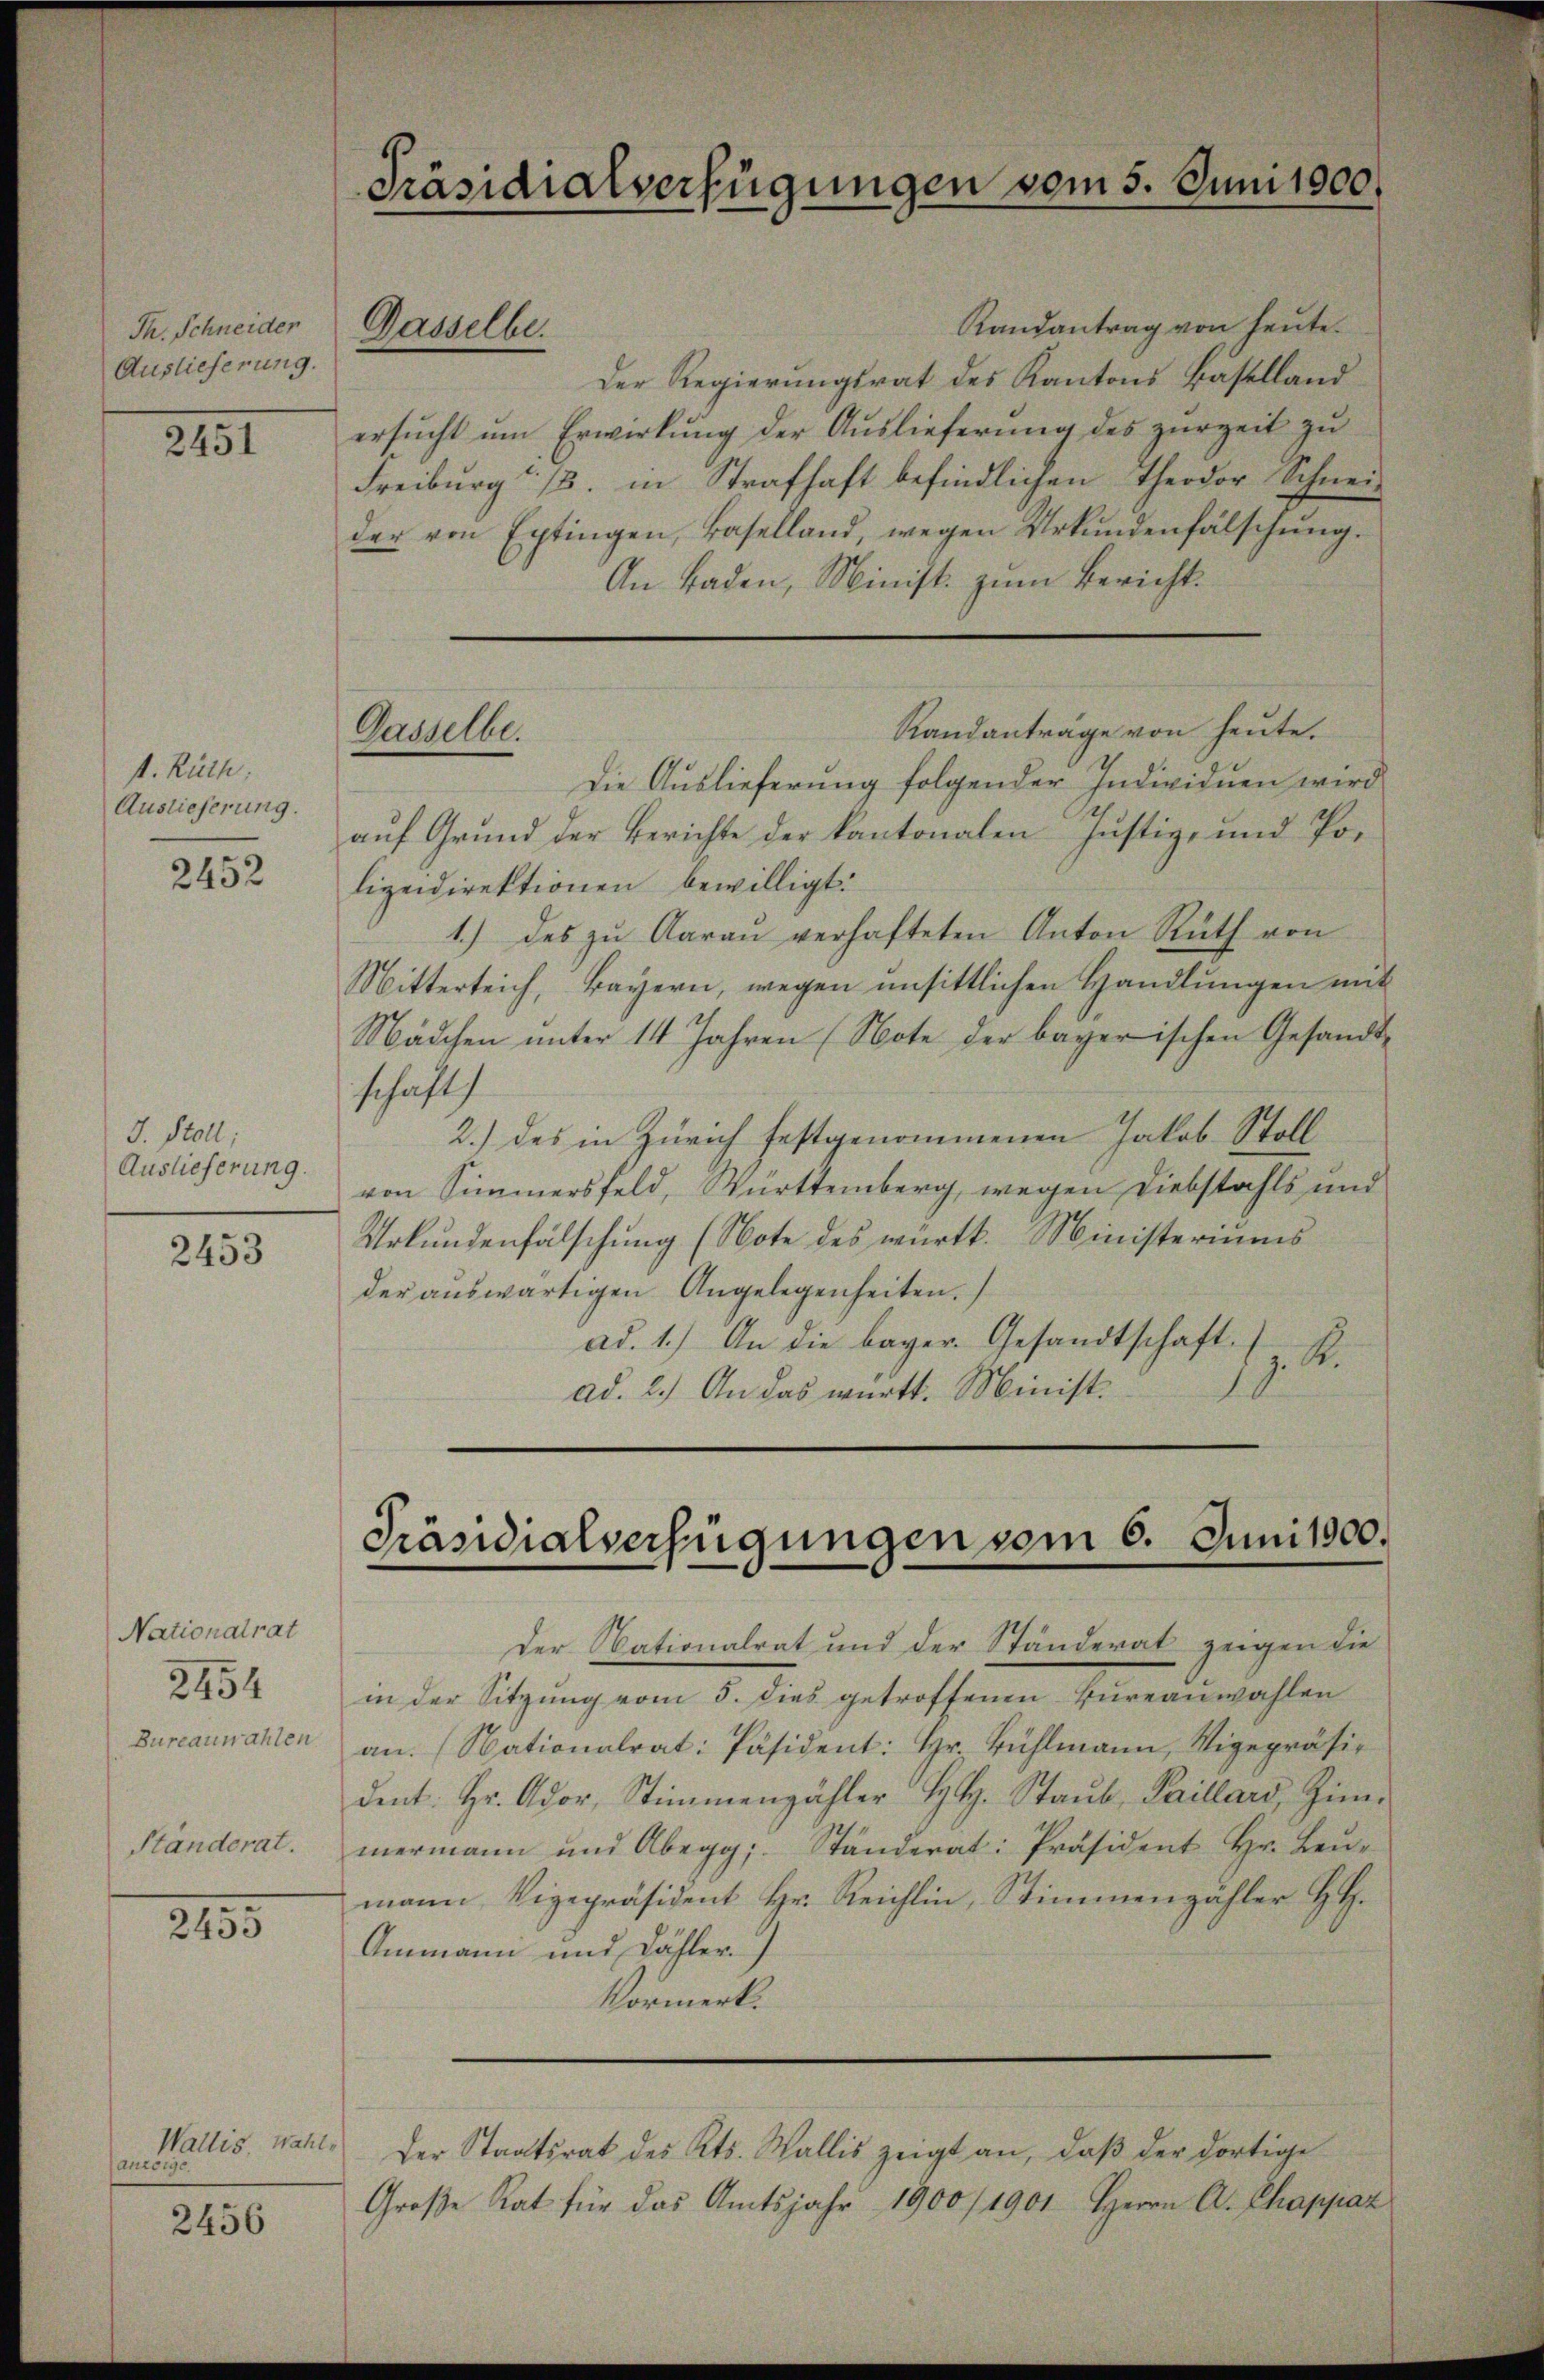
Th. Schneider
Auslieferung.

2151

s. Ruth:
Auslieferung.

2452

J. Stoll;
Auslieferung.

2453

Nationalrat
2454
Bureauwahlen

Ständerat.

2455

Wallis. Wahl,
anzorgo

2456

Randantrag von heute.
Der Regierungsrat des Kantons Baselland
ersucht um Erwirkung der Auslieferung des zurzeit zu
Freiburg 13. in Strafhaft befindlichen Theodor Schnei-
der von Extingen, Baselland, wegen Urkundenfälschung.
An Baden, Minist. zum Bericht.
Die Auslieferŭng folgender Individuen wird
auf Grund der Berichte der kantonalen Justiz- und Polizeidirektionen bewilligt.
1.) des zŭ Aaraŭ verhafteten Anton Rüth von
Mitterleich, Bayern, wegen unsittlichen Handlungen mit
Nädchen unter 14 Jahren (Note der bayerischen Gesandt-
schaft
2.) Das in Zürich festgenommenen Jakob Stoll
von Simmersfeld, Württemberg, wegen Diebstahls und
Urkundenfälschung (Note des württ. Ministeriums
der auswärtigen Angelegenheiten.
ad. 1.) An die bayer. Gesandtschaft.
z. R.
ad. 2.) An das württ. Minist.

Präsidialverfügungen vom 5. Juni 1800.

Gasselbe.

Gasselbe.

Randanträge von heute.

Präsidialverfügungen vom 6. Juni 1900.

Der Nationalrat und der Ständerat zeigen die
in der Sitzung vom 5. dies getroffenen Bureauwahlen
an. Nationalrat: Päsident: Hr. Bühlmann, Vigepräsident: Hr. Ador, Stimmenzähler H. Staŭb, Saillars, Zim-
mermann und Abegg, Ständerat: Präsident Hr. Leŭ-
mann, Vizepräsident Hr. Reichlin, Stimmenzähler H.
Ammann und Dähler
Vormerk.
Der Staatsrat des Kts. Wallis zeigt an, daß der dortige
Große Rat für das Amtsjahr 1900/1901 Herrn A. Chappaz